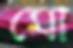
মো